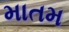
માતમ